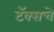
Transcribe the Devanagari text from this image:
टॅक्सचे